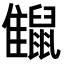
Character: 𪕪